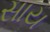
સાય